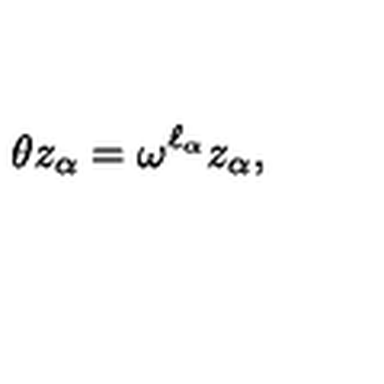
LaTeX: \theta z _ { \alpha } = \omega ^ { \ell _ { \alpha } } z _ { \alpha } ,